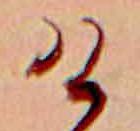
け